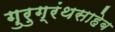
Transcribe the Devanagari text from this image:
गुरुग्रंथसाहेब